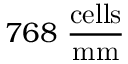
7 6 8 ~ \frac { \mathrm { c e l l s } } { \mathrm { m m } }